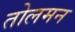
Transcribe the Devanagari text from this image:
तोलमन